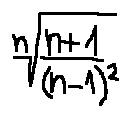
\sqrt [ n ] { \frac { n + 1 } { ( n - 1 ) ^ { 2 } } }